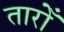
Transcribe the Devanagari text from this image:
तारोँ